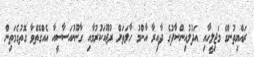
ރައްޔިތުންގެ މަޖިލީހާއި އަދުލުއިންސާފުގެ ދާއިރާ އާންމު ހާލަތަށް ރުޖޫއަކުރުމާއި ގާނޫނުއަސާސީއާ އެއްގޮތްވާ ގޮތުގެމަތިން